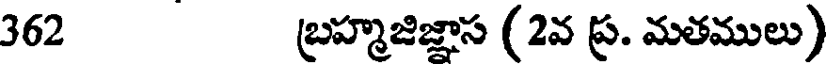
362 బ్రహ్మజిజ్ఞాస (2వ ప్ర. మతములు)